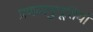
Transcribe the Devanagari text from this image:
प्रणयानुभूतियों